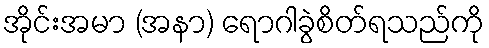
အိုင်းအမာ (အနာ) ရောဂါခွဲစိတ်ရသည်ကို